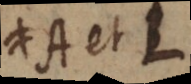
A et L